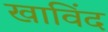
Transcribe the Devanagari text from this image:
खाविंद